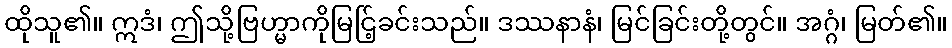
ထိုသူ၏။ ဣဒံ၊ ဤသို့ဗြဟ္မာကိုမြင်ြ့ခင်းသည်။ ဒဿနာနံ၊ မြင်ခြင်းတို့တွင်။ အဂ္ဂံ၊ မြတ်၏။